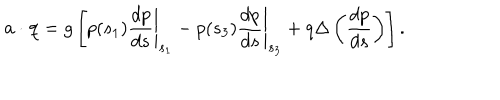
LaTeX: { \bf a } \cdot { \bf q } = g \left[ p ( s _ { 1 } ) \left. \frac { d p } { d s } \right| _ { s _ { 1 } } - p ( s _ { 3 } ) \left. \frac { d p } { d s } \right| _ { s _ { 3 } } + q \Delta \left( \frac { d p } { d s } \right) \right] .